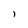
Character: 1